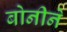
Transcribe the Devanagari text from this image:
बोनीने